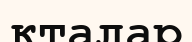
кталар